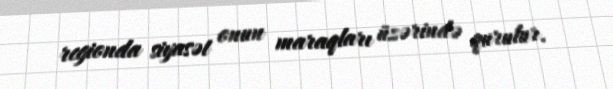
regionda siyasət onun maraqları üzərində qurulur.